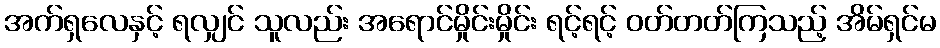
အက်ရှလေနှင့် ရလျှင် သူလည်း အရောင်မှိုင်းမှိုင်း ရင့်ရင့် ဝတ်တတ်ကြသည့် အိမ်ရှင်မ